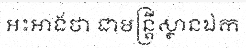
អះអាងថា ជាមន្ត្រីស្ថានឯក